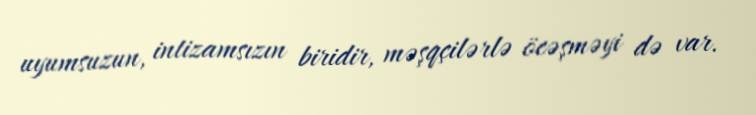
uyumsuzun, intizamsızın biridir, məşqçilərlə öcəşməyi də var.